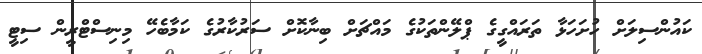
ކައުންސިލަށް ހުށަހަޅާ ތަރައްގީގެ ޕްލޭންތަކުގެ މައްޗަށް ބިނާކޮށް ސަރުކާރުގެ ކަމާބެހޭ މިނިސްޓްރީން ސިޓީ